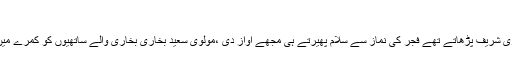
‘‘
مولانا سعید حامد ساجد حفظہ اللہ لکھتے ہیں:۹۹۷ا کی بات ہے جب حضرت بابا جی رحمہ اللہ ہمیں بخاری شریف پڑھاتے تھے فجر کی نماز سے سلام پھیرتے ہی مجھے آواز دی ،مولوی سعید بخاری بخاری والے ساتھیوں کو کمرے میں لے چلو پھر اسی وقت کمرے میں خود بھی تشریف لائے اور پوچھا رات نوافل کس کس نے پڑھے ہیں۔